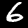
Label: 6